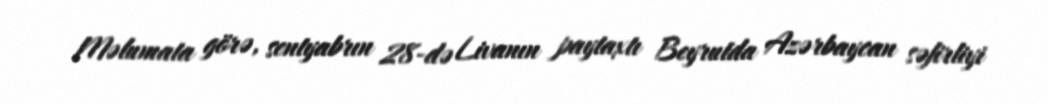
Məlumata görə, sentyabrın 28-də Livanın paytaxtı Beyrutda Azərbaycan səfirliyi